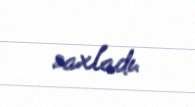
saxladı.